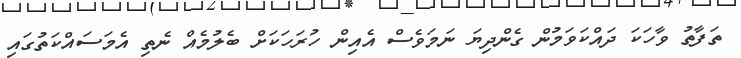
ތަފާތު ވާހަކަ ދައްކަވަމުން ގެންދިޔަ ނަމަވެސް އެއިން ހުރަހަކަށް ބެލުމެއް ނެތި އެމަސައްކަތުގައި